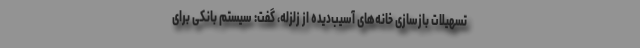
تسهیلات بازسازی خانه‌های آسیب‌دیده از زلزله، گفت: سیستم بانکی برای